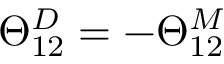
\Theta _ { 1 2 } ^ { D } = - \Theta _ { 1 2 } ^ { M }